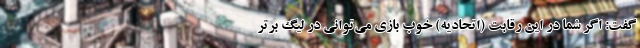
گفت: اگر شما در این رقابت (اتحادیه) خوب بازی می‌توانی در لیگ برتر